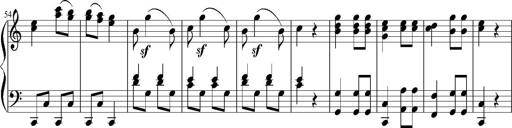
Title: 12 Sonatinas for Piano
Composer: Johann Baptist Vanhal